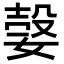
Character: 𡠆